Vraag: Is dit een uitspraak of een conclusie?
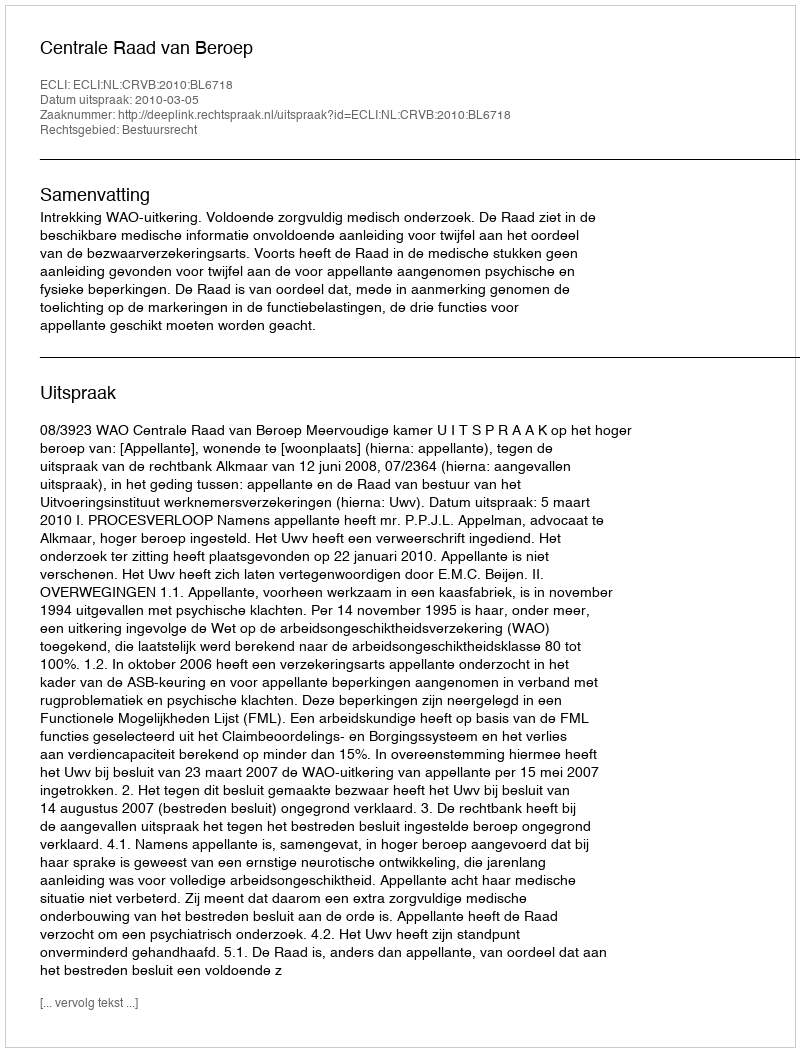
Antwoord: Uitspraak